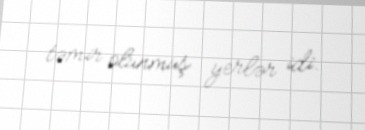
təmir olunmuş yerlər idi.